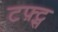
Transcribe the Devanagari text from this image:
टफ़्ट्स